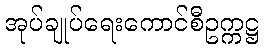
အုပ်ချုပ်ရေးကောင်စီဥက္ကဋ္ဌ